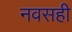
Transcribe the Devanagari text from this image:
नवसही